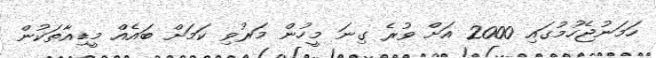
ހަމަނުޖެހުމުގައި 2000 އަށް ވުރެ ގިނަ މީހުން މަރުވި ކަމަށް ބައެއް މީޑިއާތަކުން